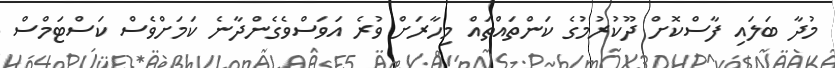
މުދާ ބަލައި ފާސްކޮށް ދޫކުރުމުގެ ކަންތައްތައް މިހާރަށް ވުރެ އަވަސްވެގެންދާނެ ކަމަށްވެސް ކަސްޓަމްސް